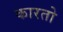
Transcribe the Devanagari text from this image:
कारतो